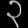
Digit: ၃